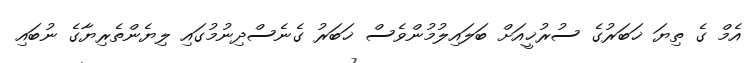
އެމް ގެ ތިޔަ ޚަބަރުގެ ސުރުޚީއަށް ބަލައިލުމުންވެސް ޚަބަރު ގެނެސްދިނުމުގައި ލިޔެންތެރިޔާގެ ނުބައި